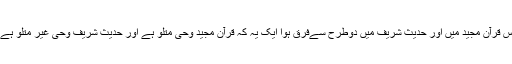
پس قرآن مجید میں اور حدیث شریف میں دوطرح سےفرق ہوا ایک یہ کہ قرآن مجید وحی متلُو ہے اور حدیث شریف وحی غیر متلُو ہے ۔